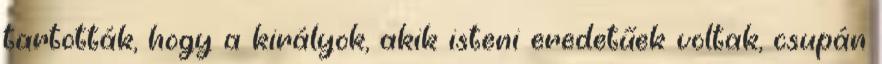
tartották, hogy a királyok, akik isteni eredetűek voltak, csupán